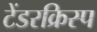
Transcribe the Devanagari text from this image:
टेंडरक्रिस्प